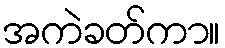
အကဲခတ်ကာ။